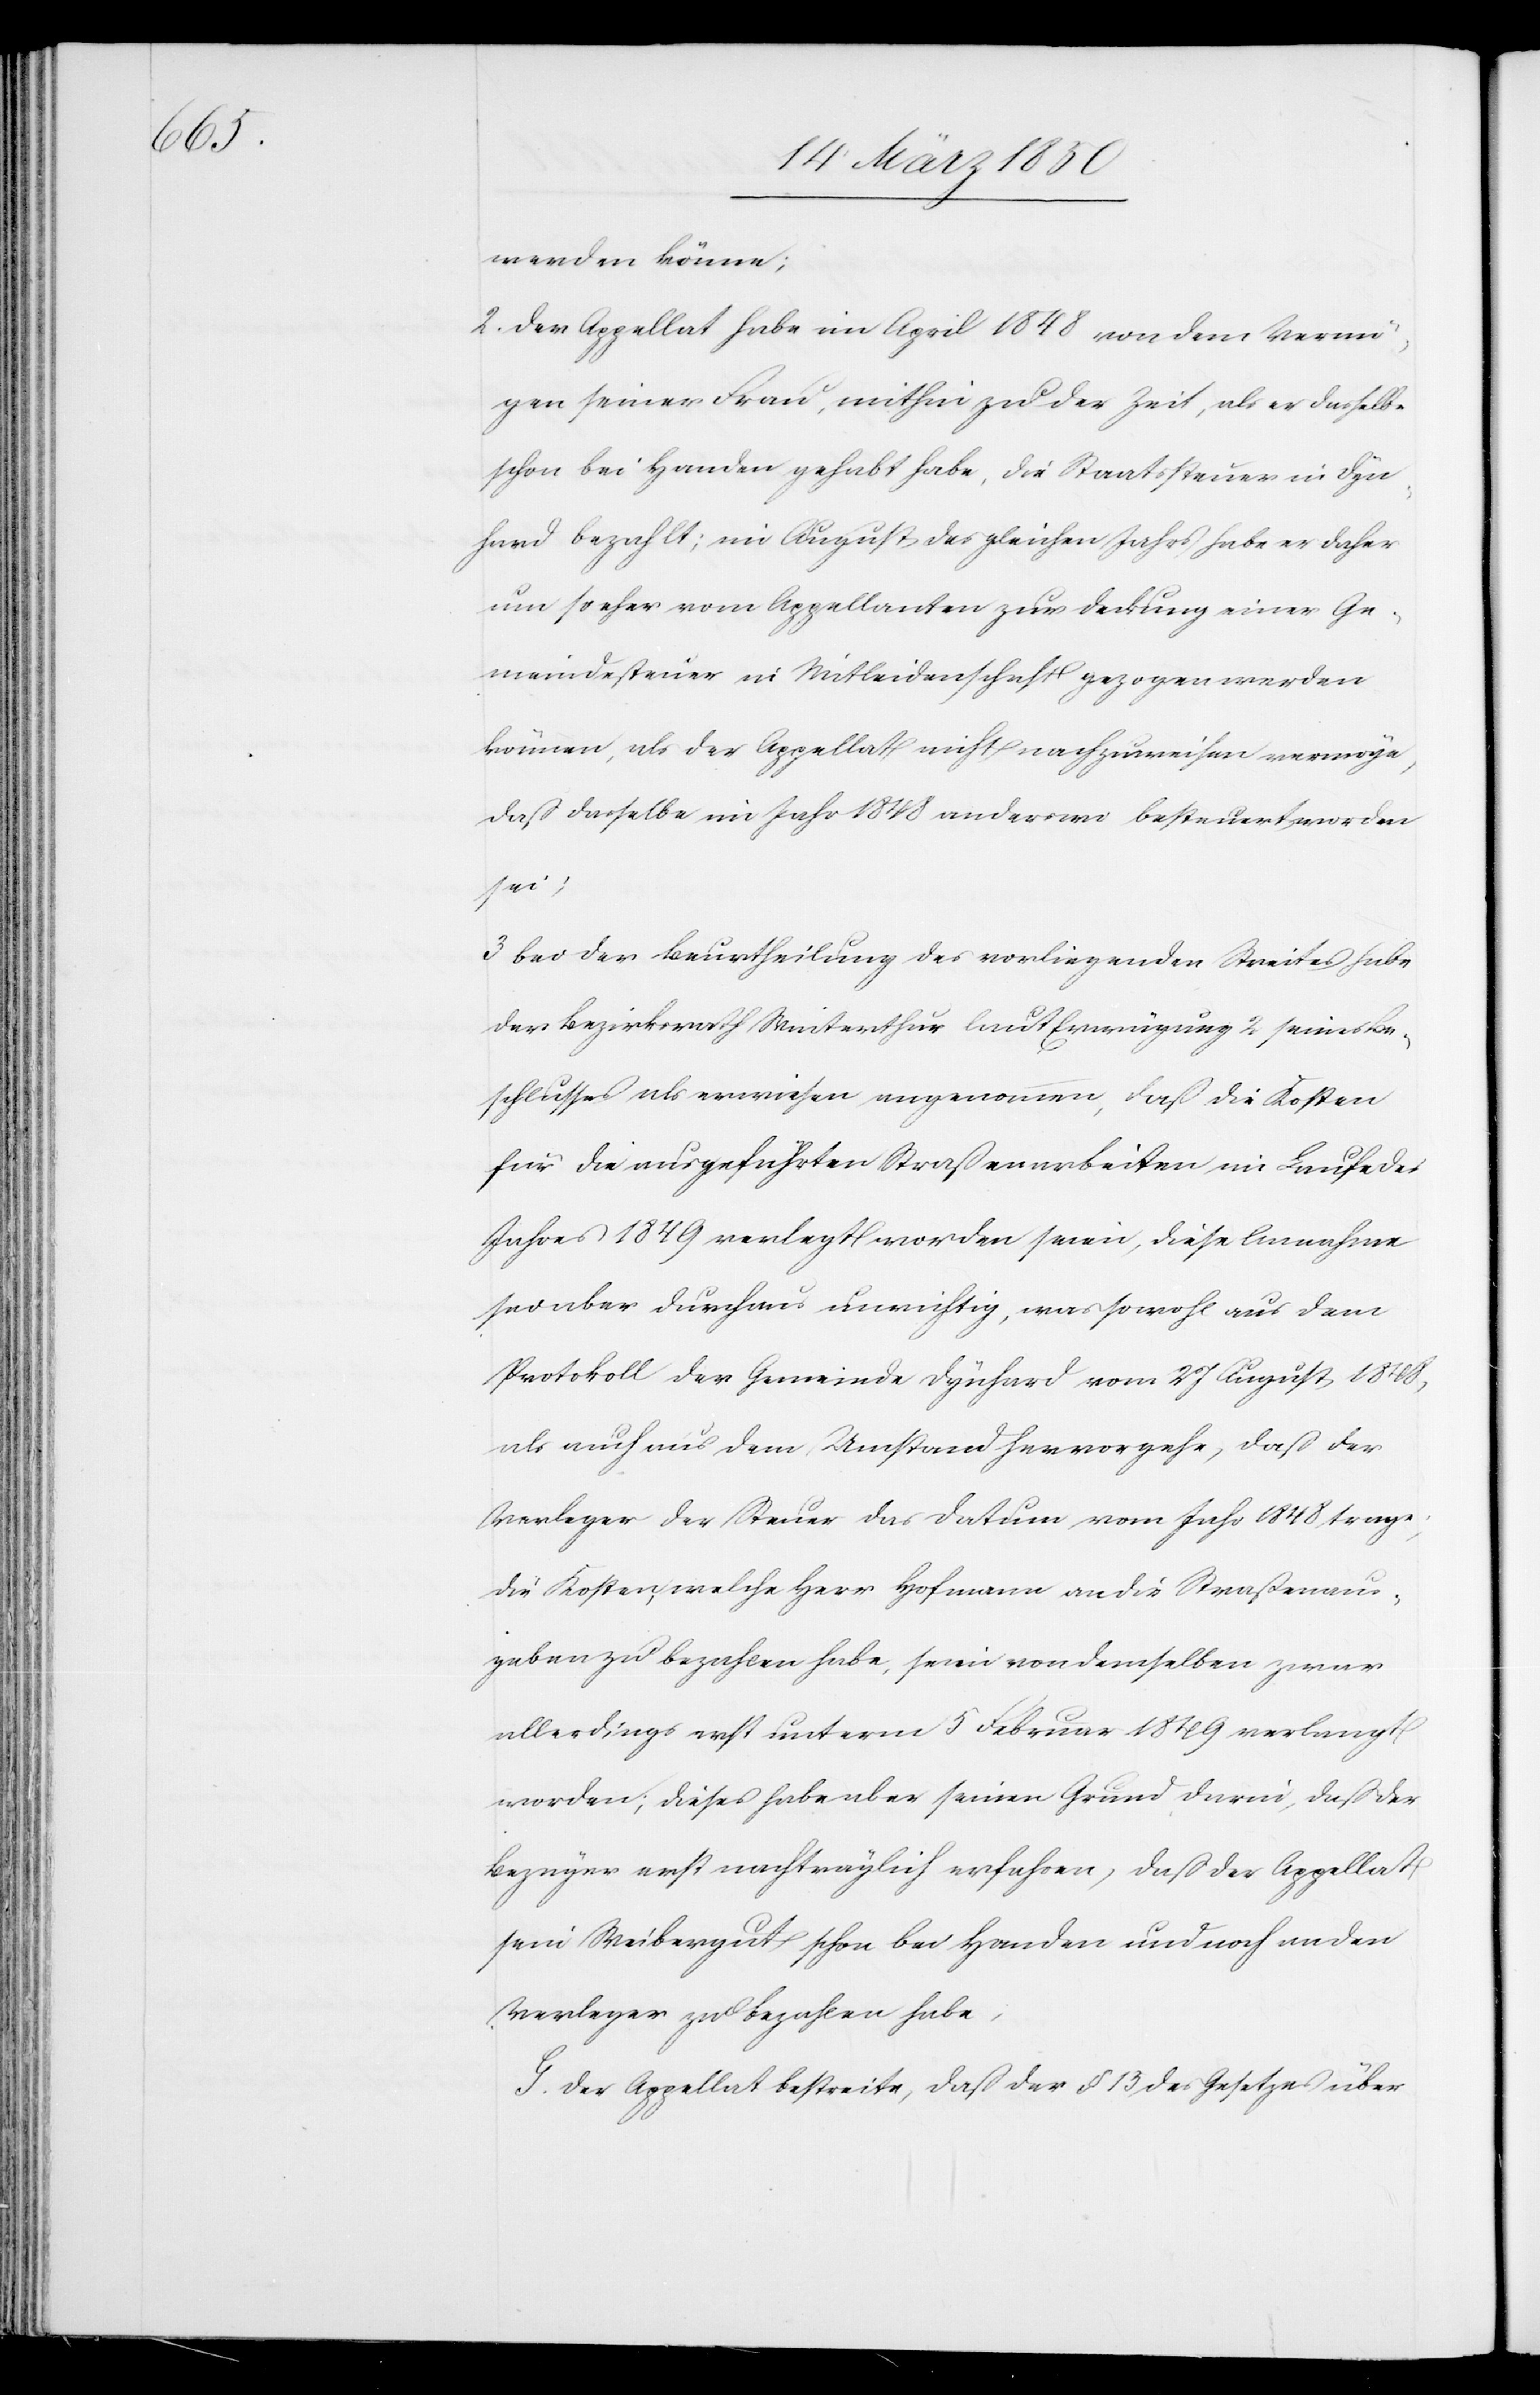
werden könne;
2. der Appellat habe im April 1848 von dem Vermö¬
gen seiner Frau, mithin zu der Zeit, als er dasselbe
schon bei Handen gehabt habe, die Staatssteuer in Dyn¬
hard bezahlt; im August des gleichen Jahrs habe er daher
um so eher vom Appellanten zur Deckung einer Ge¬
meindesteuer in Mitleidenschaft gezogen werden
können, als der Appellat nicht nachzuweisen vermöge,
daß dasselbe im Jahr 1848 anderswo besteuert worden
sei;
3 bei der Beurtheilung des vorliegenden Streites habe
der Bezirksrath Winterthur laut Erwägung 2 seines Be¬
schlusses als erwiesen angenommen, daß die Kosten
für die ausgeführten Straßenarbeiten im Laufe des
Jahres 1849 verlegt worden seien, diese Annahme
sei aber durchaus unrichtig, was sowohl aus dem
Protokoll der Gemeinde Dynhard vom 27 August 1848,
als auch aus dem Umstand hervorgehe, daß der
Verleger der Steuer das Datum vom Jahr 1848 trage;
die Kosten, welche Herr Hofmann an die Straßenaus¬
gaben zu bezahlen habe, seien von demselben zwar
allerdings erst unterm 5 Februar 1849 verlangt
worden; dieses habe aber seinen Grund darin, daß der
Bezüger erst nachträglich erfahren, daß der Appellat
sein Weibergut schon bei Handen und noch an den
Verleger zu bezahlen habe,
G. Der Appellat bestreite, daß der § 15 des Gesetzes über